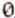
0